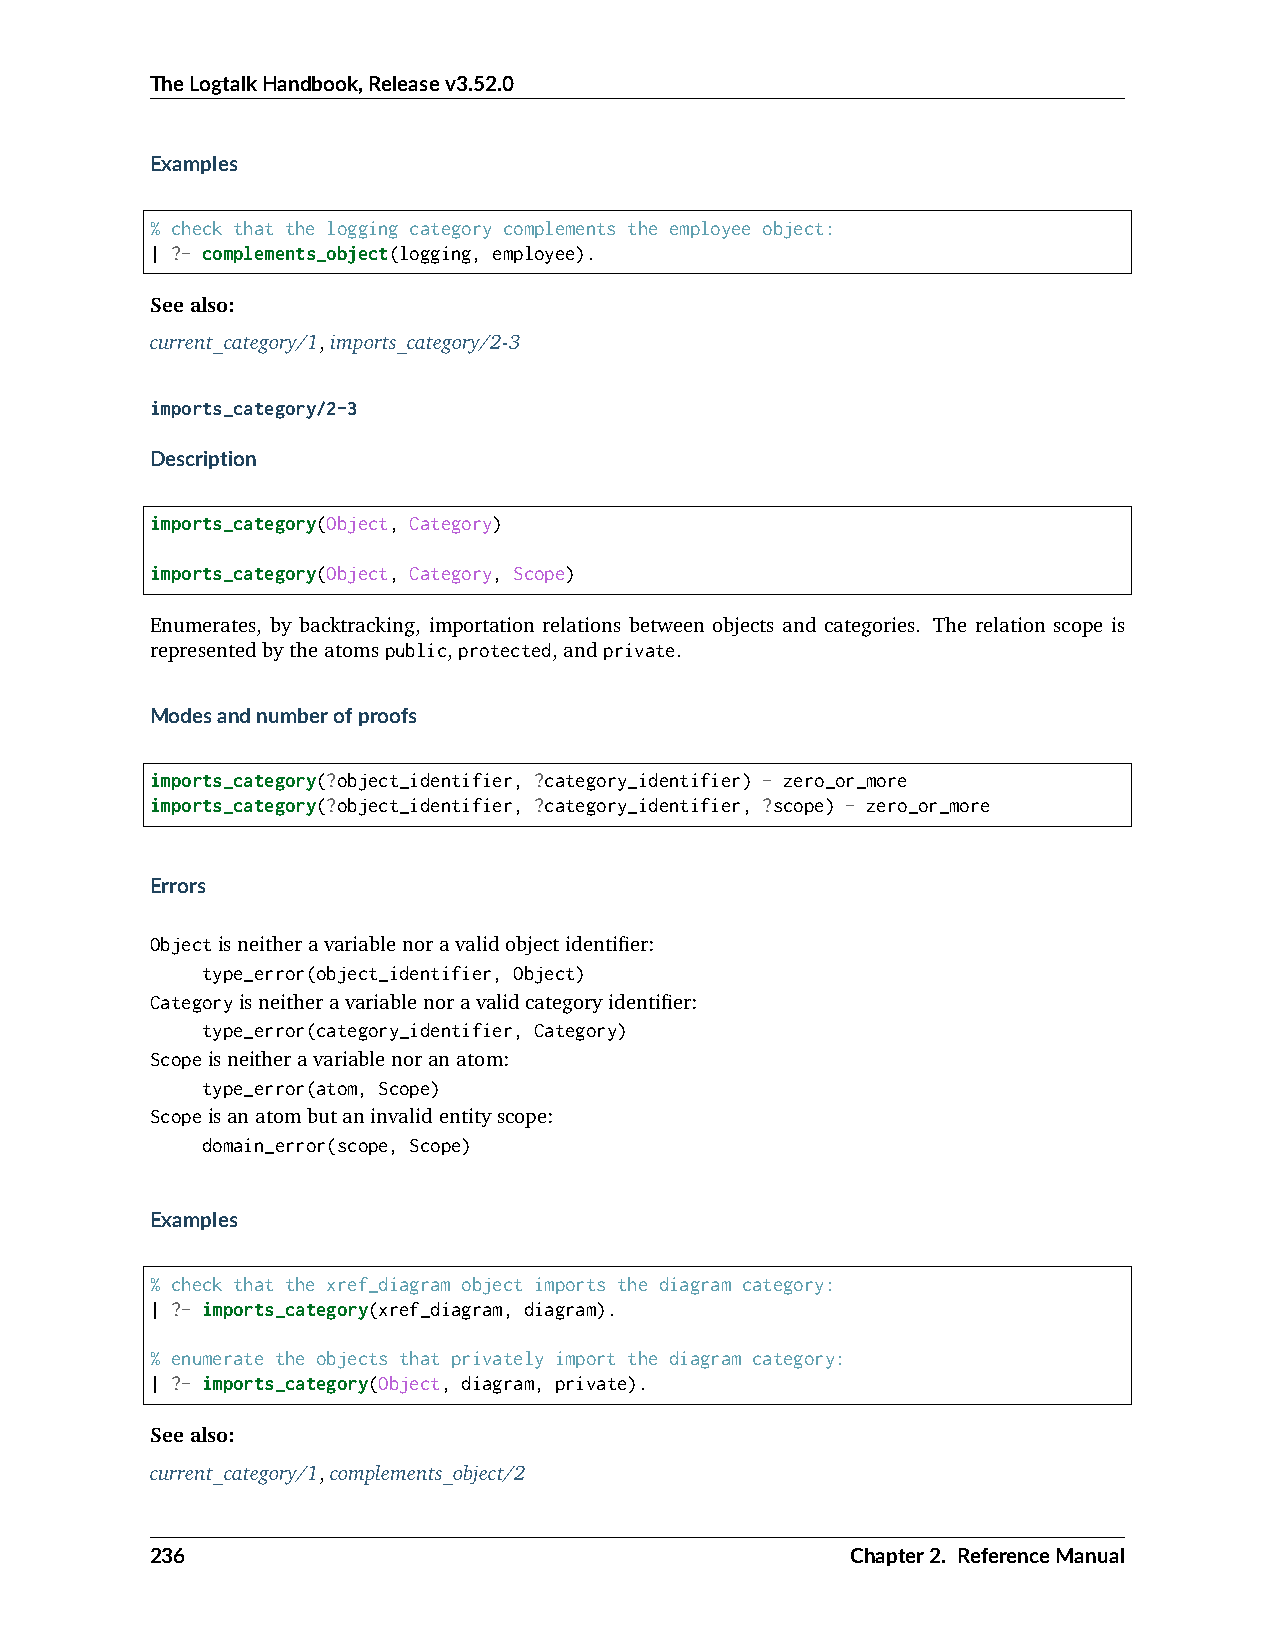
TheLogtalkHandbook,Releasev3.52.0
 Examples
 % check that the logging category complements the employee object:
 | ?- complements_object(logging, employee).
 Seealso:
 current_category/1,imports_category/2-3
 imports_category/2-3
 Description
 imports_category(Object, Category)
 imports_category(Object, Category, Scope)
 Enumerates, by backtracking, importation relations between objects and categories. The relation scope is
 representedbytheatomspublic,protected,andprivate.
 Modesandnumberofproofs
 imports_category(?object_identifier, ?category_identifier) - zero_or_more
 imports_category(?object_identifier, ?category_identifier, ?scope) - zero_or_more
 Errors
 Objectisneitheravariablenoravalidobjectidentifier:
 type_error(object_identifier, Object)
 Categoryisneitheravariablenoravalidcategoryidentifier:
 type_error(category_identifier, Category)
 Scopeisneitheravariablenoranatom:
 type_error(atom, Scope)
 Scopeisanatombutaninvalidentityscope:
 domain_error(scope, Scope)
 Examples
 % check that the xref_diagram object imports the diagram category:
 | ?- imports_category(xref_diagram, diagram).
 % enumerate the objects that privately import the diagram category:
 | ?- imports_category(Object, diagram, private).
 Seealso:
 current_category/1,complements_object/2
 236                                           Chapter2. ReferenceManual